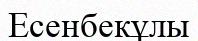
Есенбекұлы